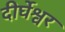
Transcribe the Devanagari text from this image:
दीर्घेश्वर